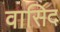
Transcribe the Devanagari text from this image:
वासिद